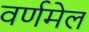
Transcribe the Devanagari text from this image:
वर्णमेल